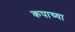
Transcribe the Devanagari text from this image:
कपाच्या